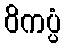
ဝိကပ္ပံ